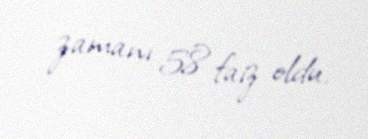
zamanı 58 faiz oldu.